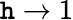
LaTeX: \mathtt{h}\to1